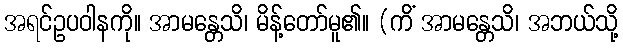
အရင်ဥပဝါနကို။ အာမန္တေသိ၊ မိန့်တော်မူ၏။ (ကိံ အာမန္တေသိ၊ အဘယ်သို့